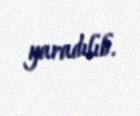
yaradılıb.